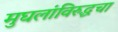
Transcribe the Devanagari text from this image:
मुघलांविरुद्धचा